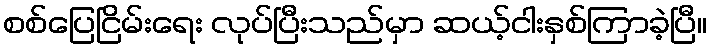
စစ်ပြေငြိမ်းရေး လုပ်ပြီးသည်မှာ ဆယ့်ငါးနှစ်ကြာခဲ့ပြီ။